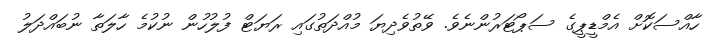
ހާއްސަކޮށް އެމްޑީޕީގެ ސަޕޯޓަރުންނެވެ. ވޭތުވެދިޔަ މުއްދަތުގައި ރަޔަޓް ފުލުހުން ނުކުމެ ހާލަތާ ނުބައްދަލު